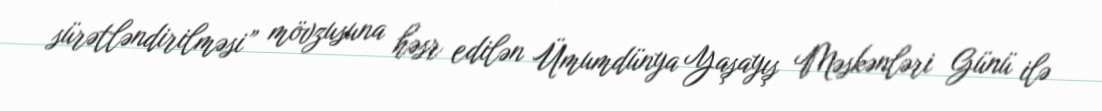
sürətləndirilməsi” mövzusuna həsr edilən Ümumdünya Yaşayış Məskənləri Günü ilə